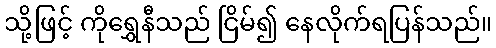
သို့ဖြင့် ကိုရွှေနီသည် ငြိမ်၍ နေလိုက်ရပြန်သည်။